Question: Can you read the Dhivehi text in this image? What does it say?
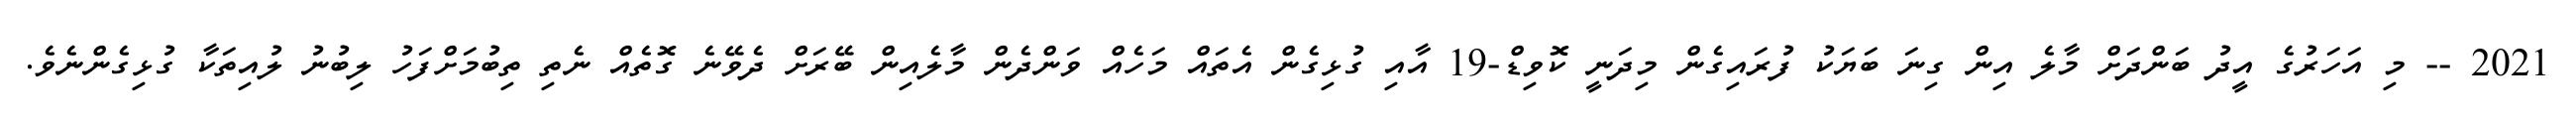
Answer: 2021 -- މި އަހަރުގެ އީދު ބަންދަށް މާލެ އިން ގިނަ ބަޔަކު ފުރައިގެން މިދަނީ ކޮވިޑް-19 އާއި ގުޅިގެން އެތައް މަހެއް ވަންދެން މާލެއިން ބޭރަށް ދެވޭނެ ގޮތެއް ނެތި ތިބުމަށްފަހު ލިބުނު ލުއިތަކާ ގުޅިގެންނެވެ.